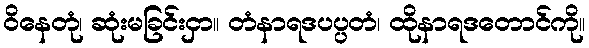
ဝိနေတုံ၊ ဆုံးမခြင်းငှာ။ တံနာရဒပပ္ပတံ၊ ထိုနာရဒတောင်ကို။